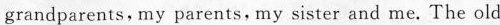
grandparents, my parents, my sister and me. The old